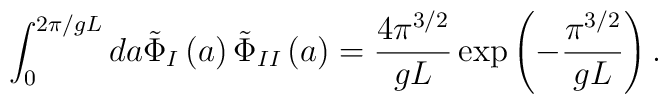
\int_{0}^{2\pi/gL} da\tilde{\Phi}_{I}\left(a\right)\tilde{\Phi}_{II}\left(a\right)=\frac{4\pi^{3/2}}{gL}\exp \left(-\frac{\pi^{3/2}}{gL}\right) .